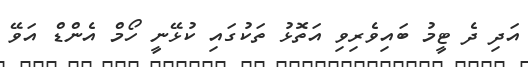
އަދި ދެ ޓީމު ބައިވެރިވި އަތޮޅު ތަކުގައި ކުޅޭނީ ހޯމް އެންޑް އަވޭ